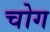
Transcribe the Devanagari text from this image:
चोग